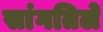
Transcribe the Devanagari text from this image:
सांगतिले